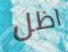
اظل